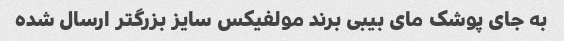
به جای پوشک مای بیبی برند مولفیکس سایز بزرگتر ارسال شده